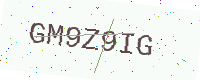
Text: GM9Z9IG